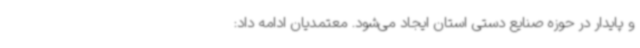
و پایدار در حوزه صنایع دستی استان ایجاد می‌شود. معتمدیان ادامه داد: